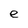
Character: e